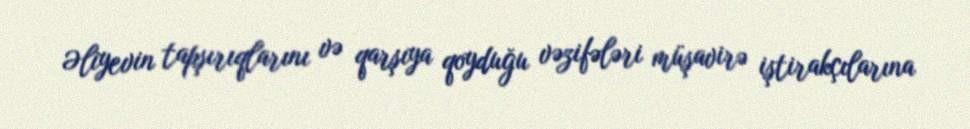
Əliyevin tapşırıqlarını və qarşıya qoyduğu vəzifələri müşavirə iştirakçılarına